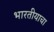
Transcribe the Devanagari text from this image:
भारतीयाचा